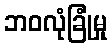
ဘဝလုံခြုံမှု